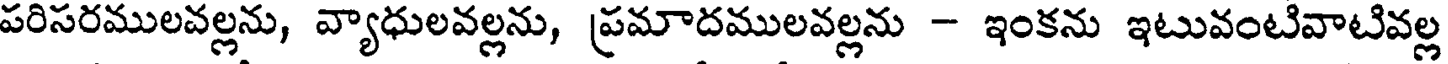
పరిసరములవల్లను, వ్యాధులవల్లను, ప్రమాదములవల్లను - ఇంకను ఇటువంటివాటివల్ల